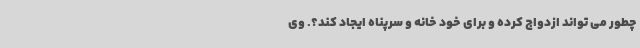
چطور می تواند ازدواج کرده و برای خود خانه و سرپناه ایجاد کند؟. وی